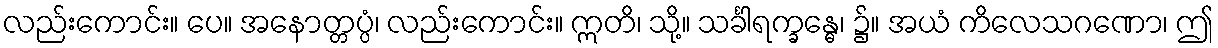
လည်းကောင်း။ ပေ။ အနောတ္တပ္ပံ၊ လည်းကောင်း။ ဣတိ၊ သို့။ သင်္ခါရက္ခန္ဓေ၊ ၌။ အယံ ကိလေသဂဏော၊ ဤ